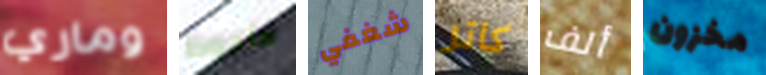
وماري ملحوظ شغفي كاتر ألف مخزون